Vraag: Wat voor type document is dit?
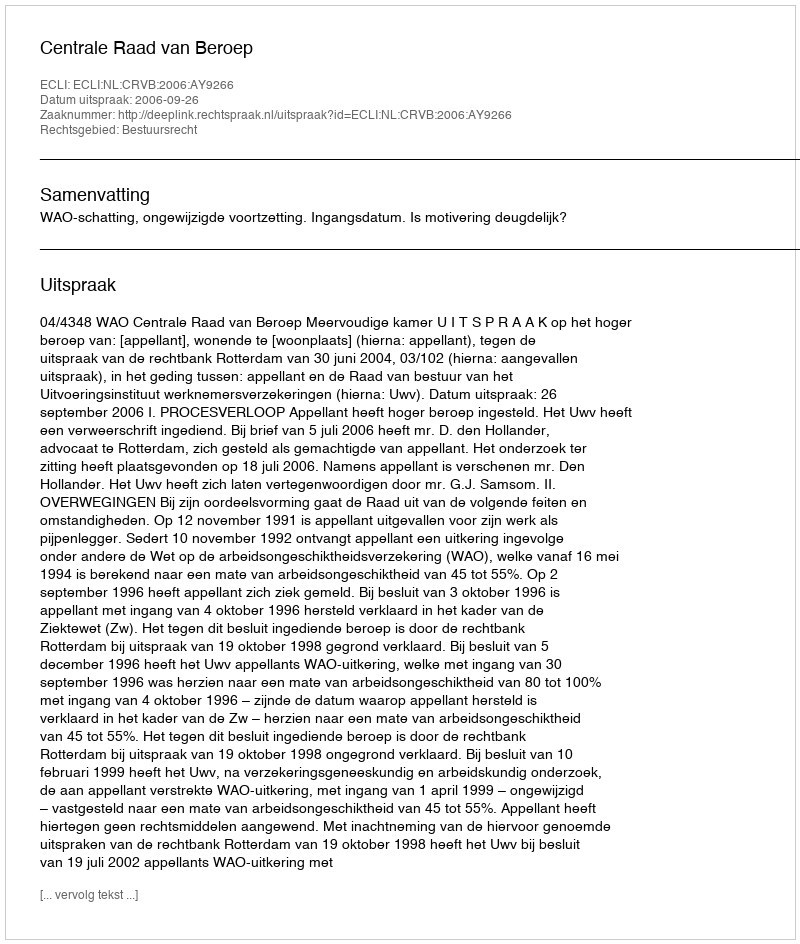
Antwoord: Uitspraak